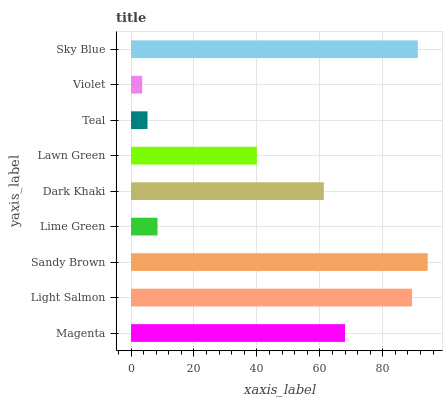
| yaxis_label | bars |
 | --- | --- |
 | Magenta | 68 |
 | Light Salmon | 89.3 |
 | Sandy Brown | 94.3 |
 | Lime Green | 8.42 |
 | Dark Khaki | 61.3 |
 | Lawn Green | 40 |
 | Teal | 5.24 |
 | Violet | 3.54 |
 | Sky Blue | 91.1 |